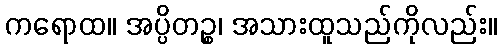
ကရောထ။ အပ္ပိတဉ္စ၊ အသားထူသည်ကိုလည်း။